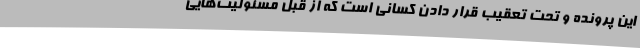
این پرونده و تحت تعقیب قرار دادن کسانی است که از قِبَل مسئولیت‌هایی